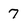
Character: 7